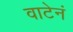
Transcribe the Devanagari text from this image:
वाटेनं